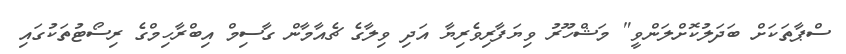
ސްޕާތަކަށް ބަދަލުކޮށްލަންވީ" މަޝްހޫރު ވިޔަފާރިވެރިޔާ އަދި ވިލާގެ ޗެއާމާން ގާސިމް އިބްރާހިމްގެ ރިސޯޓުތަކުގައި